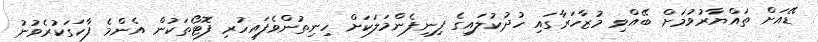
ޑޭއަށް ތައްޔާރުވުމަށް ބޭއްވި މުޒާހަރާގައި ހުދުކުލައިގެ ފިނިފެންމަލަކަށް ހިނިތުންވެފައިހުރި ފޮޓޯތަކުން އެންމެ ފާހަގަކުރެވުނު